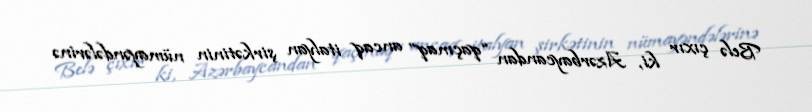
Belə çıxır ki, Azərbaycandan “qaçmaq” ancaq italyan şirkətinin nümayəndələrinə